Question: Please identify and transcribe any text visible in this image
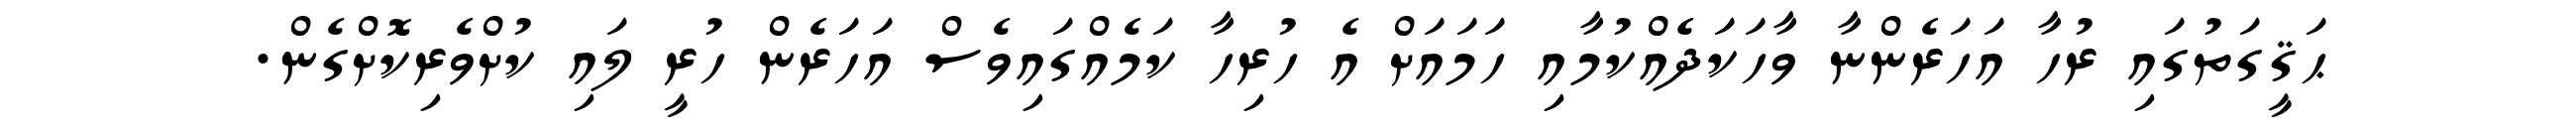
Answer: ޙަޤީގަތުގައި ރުހާ އަހަރެންނާ ވާހަކަދެއްކުމާއި ހަމައަށް އެ ހުރިހާ ކަމެއްގައިވެސް އަހަރެން ހުރީ ލައި ކުށްވެރިކޮށްގެން.